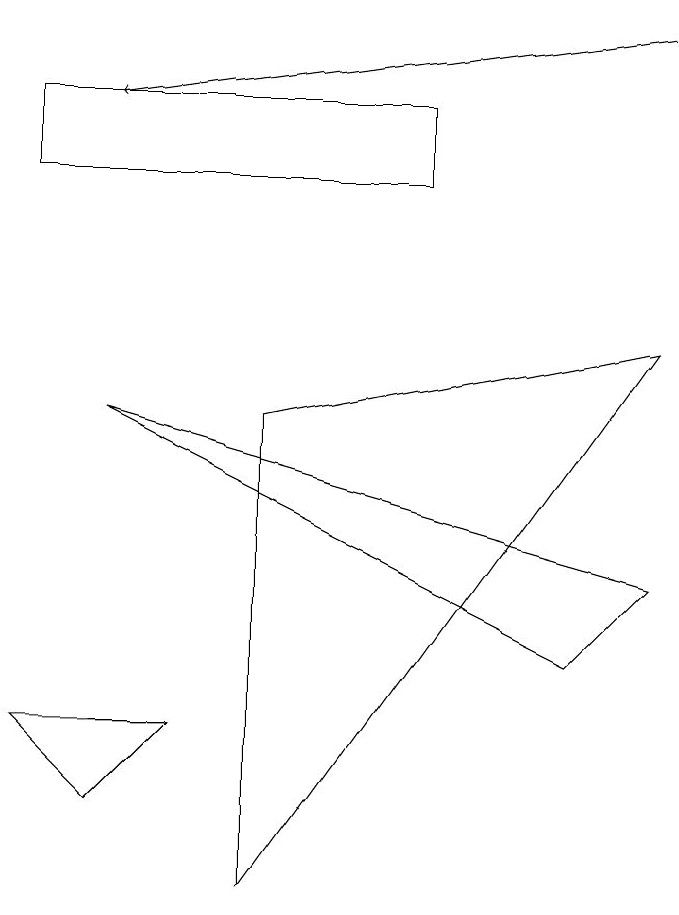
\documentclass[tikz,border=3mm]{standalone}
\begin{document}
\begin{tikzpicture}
\draw (1,4) -- (2,4) -- (1,4) -- cycle;
\draw[->] (8,13) -- (1,12);
\draw (1,8) -- (8,6) -- (7,5) -- cycle;
\draw (3,2) -- (8,9) -- (3,8) -- cycle;
\draw (1,3) -- (0,4) -- (2,4) -- cycle;
\draw (0,11) rectangle (5,12);
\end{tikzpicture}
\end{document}